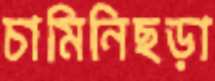
চামিনিছড়া